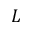
L